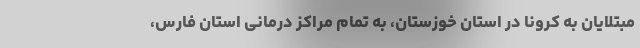
مبتلایان به کرونا در استان خوزستان، به تمام مراکز درمانی استان فارس،